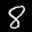
Label: 8